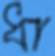
ধা